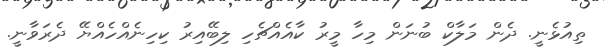
ތިއުޅެނީ. ދެން މަލާކް ބުނަން މިހާ މީރު ކާއެއްޗެހި ލިބޭއިރު ކިހިނެއްހެއްޔޭ ދެރަވާނީ.